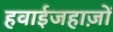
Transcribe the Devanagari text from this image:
हवाईजहाज़ों